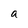
Character: a